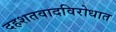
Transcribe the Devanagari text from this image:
दहशतवादविरोधात